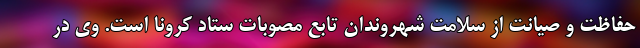
حفاظت و صیانت از سلامت شهروندان تابع مصوبات ستاد کرونا است. وی در